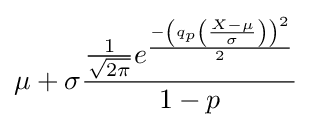
\mu +\sigma {\frac {{\frac {1}{\sqrt {2\pi }}}e^{\frac {-\left(q_{p}\left({\frac {X-\mu }{\sigma }}\right)\right)^{2}}{2}}}{1-p}}